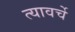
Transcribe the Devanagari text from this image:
त्यावर्चे